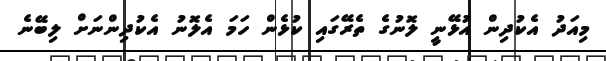
މިއަދު އެކުދިން އުޅޭނީ ލޮނުގެ ތެރޭގައި ކުޅެން ހަމަ އެލޮނު އެކުދިންނަށް ލިބޭނެ